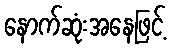
နောက်ဆုံးအနေဖြင့်